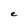
Character: e